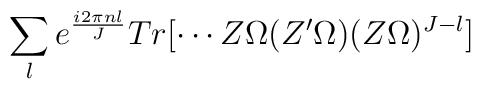
\sum_l  e^{i 2 \pi nl \over J}  Tr[ \cdots Z \Omega  (Z' \Omega)(Z \Omega)^{J-l} ]